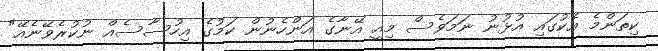
ކިތަންމެ އެކުގައި އުޅުނު ނަމަވެސް މިއީ އޭނާގެ އަންހެނުން ކަމުގެ އިހުސާސެއް ނުކުރެވޭނެއޭ"